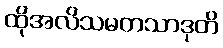
ထိုအလိသမတသာဒုတိ